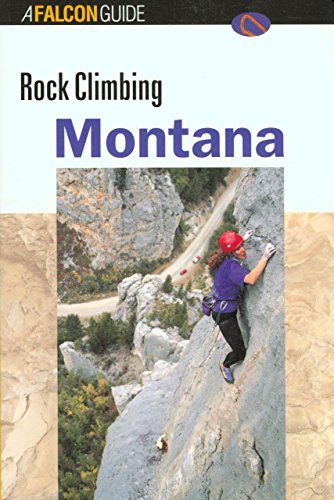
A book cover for Rock Climbing Montana (Regional Rock Climbing Series); Travel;